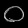
Digit: ၀